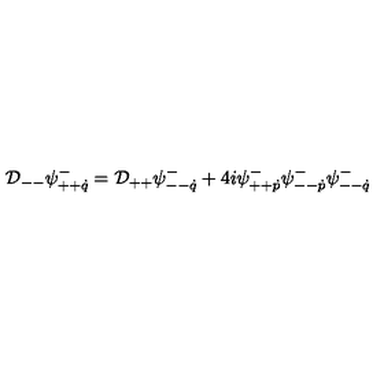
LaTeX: { \cal D } _ { -- } \psi _ { + + \dot { q } } ^ { - } = { \cal D } _ { + + } \psi _ { -- \dot { q } } ^ { - } + 4 i \psi _ { + + \dot { p } } ^ { - } \psi _ { -- \dot { p } } ^ { - } \psi _ { -- \dot { q } } ^ { - }